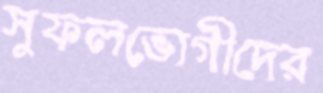
সুফলভোগীদের